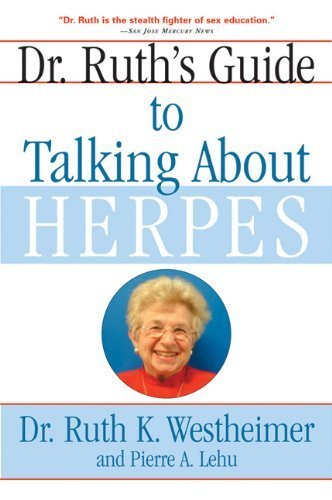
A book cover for Dr. Ruth's Guide to Talking About Herpes [Paperback]; Dr. Ruth K. Westheimer; Health, Fitness & Dieting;